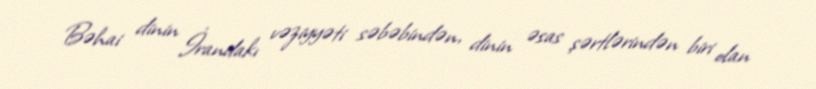
Bəhai dinin İrandakı vəziyyəti səbəbindən, dinin əsas şərtlərindən biri olan